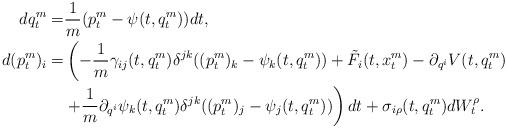
LaTeX: \begin{align*}dq_t^m=&\frac{1}{ m}(p_t^m-\psi(t,q_t^m))dt,\\d(p_t^m)_i=&\left(-\frac{1}{ m}\gamma_{ij}(t,q_t^m)\delta^{jk}((p_t^m)_k-\psi_k(t,q_t^m))+\tilde F_i(t,x_t^m)-\partial_{q^i} V(t,q_t^m)\right.\\&\left.+\frac{1}{ m}\partial_{q^i}\psi_k(t,q_t^m)\delta^{jk}((p_t^m)_j-\psi_j(t,q_t^m))\right)dt+\sigma_{i\rho}(t,q_t^m)dW^\rho_t.\end{align*}